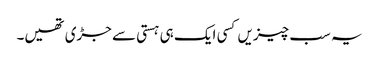
یہ سب چیزیں کسی ایک ہی ہستی سے جڑی تھیں۔